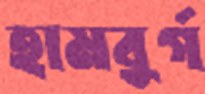
হামবুর্গ